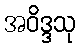
အဝိဒ္ဒသု